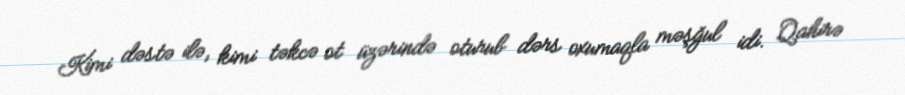
Kimi dəstə ilə, kimi təkcə ot üzərində oturub dərs oxumaqla məşğul idi. Qahirə